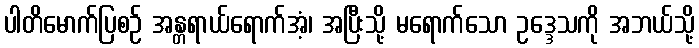
ပါတိမောက်ပြစဉ် အန္တရာယ်ရောက်အံ့၊ အပြီးသို့ မရောက်သော ဥဒ္ဒေသကို အဘယ်သို့